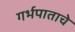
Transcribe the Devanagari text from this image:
गर्भपाताचे